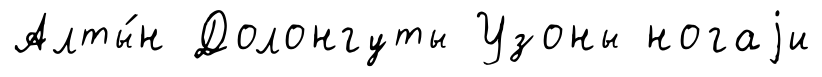
Алты́н Долонгуты Узоны ногаjи